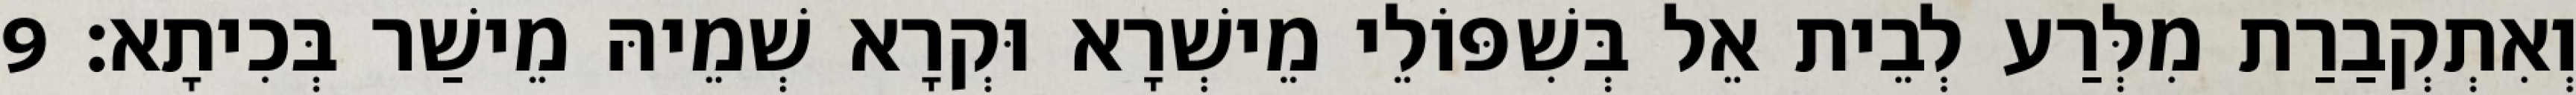
וְאִתְקְבַרַת מִלְּרַע לְבֵית אֵל בְּשִׁפּוֹלֵי מֵישְׁרָא וּקְרָא שְׁמֵיהּ מֵישַׁר בְּכִיתָא׃ 9